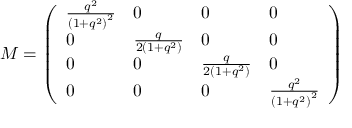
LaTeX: M = \left( \begin{array} { l l l l } { { { \frac { { q ^ { 2 } } } { { { \left( 1 + { q ^ { 2 } } \right) } ^ { 2 } } } } } } & { { 0 } } & { { 0 } } & { { 0 } } \\ { { 0 } } & { { { \frac { { q } } { { { 2 \left( 1 + { q ^ { 2 } } \right) } } } } } } & { { 0 } } & { { 0 } } \\ { { 0 } } & { { 0 } } & { { { \frac { { q } } { { { 2 \left( 1 + { q ^ { 2 } } \right) } } } } } } & { { 0 } } \\ { { 0 } } & { { 0 } } & { { 0 } } & { { { \frac { { q ^ { 2 } } } { { { \left( 1 + { q ^ { 2 } } \right) } ^ { 2 } } } } } } \end{array} \right)